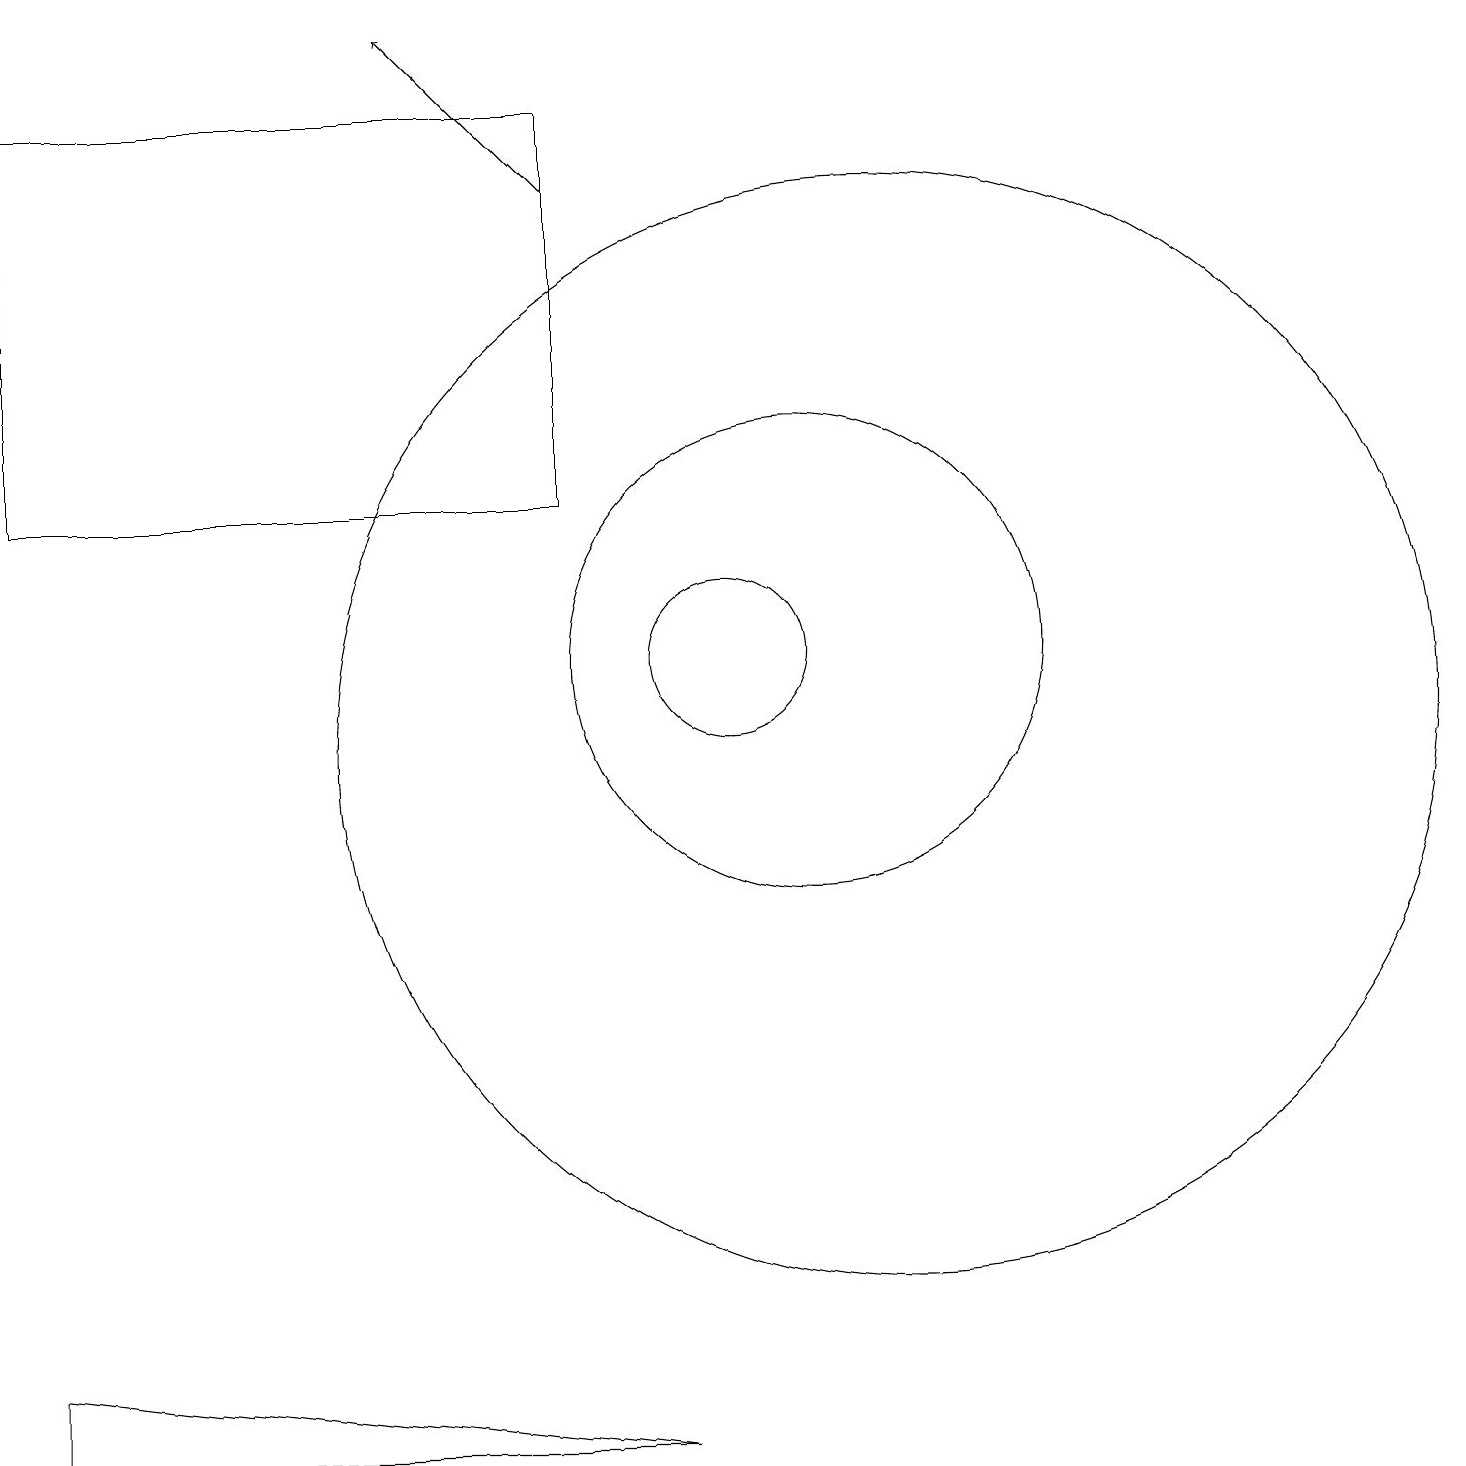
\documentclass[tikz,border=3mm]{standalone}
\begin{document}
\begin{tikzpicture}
\draw (1,2) -- (9,1) -- (1,1) -- cycle;
\draw (12,10) circle (7);
\draw[->] (8,17) -- (6,19);
\draw (11,11) circle (3);
\draw (10,11) circle (1);
\draw (8,13) rectangle (1,18);
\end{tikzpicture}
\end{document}